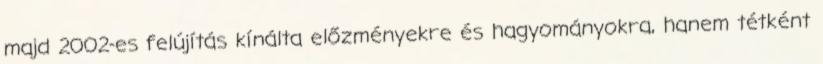
majd 2002-es felújítás kínálta előzményekre és hagyományokra, hanem tétként